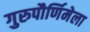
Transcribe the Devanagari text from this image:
गुरुपौर्णिमेला